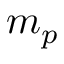
m _ { p }